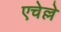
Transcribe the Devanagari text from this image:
एचेल्ले